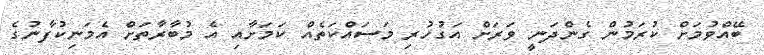
ބޭއްވުމަށް ކުރަމުން ގެންދަނީ ވަރަށް އަގުހުރި މަސައްކަތެއް ކަމަށާއި އެ މުބާރާތަށް އެމަނިކުފާނުގެ